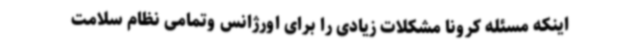
اینکه مسئله کرونا مشکلات زیادی را برای اورژانس وتمامی نظام سلامت